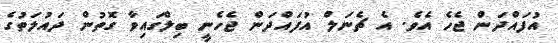
އުފައްދަން ޖެހެ އެވެ. އެ ޗެނަލް އުފައްދަން ޖެހެނީ ބިލްގައިވާ ގޮތުން ދައުލަތުގެ